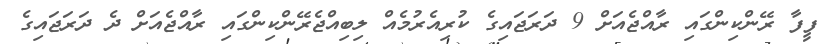
ފީފާ ރޭންކިންގައި ރާއްޖެއަށް 9 ދަރަޖައިގެ ކުރިއެރުމެއް ލިބިއްޖެރޭންކިންގައި ރާއްޖެއަށް ދެ ދަރަޖައިގެ